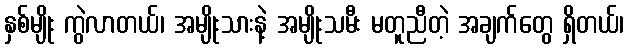
နှစ်မျိုး ကွဲလာတယ်၊ အမျိုးသားနဲ့ အမျိုးသမီး မတူညီတဲ့ အချက်တွေ ရှိတယ်၊